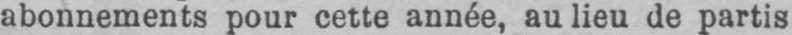
abonnements pour cette année, au lieu de partis